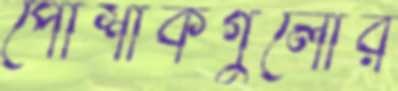
পোশাকগুলোর